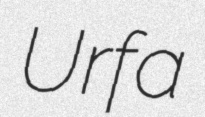
Urfa